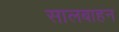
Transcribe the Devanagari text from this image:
सालबाहन